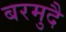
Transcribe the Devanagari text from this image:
बरमुदै